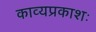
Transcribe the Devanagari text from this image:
काव्यप्रकाशः